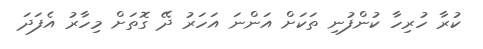
ކުރާ ހުރިހާ ކުންފުނި ތަކަށް އަންނަ އަހަރު ދޭ ގޮތަށް މިހާރު އެފަދަ